Regulations for the medical services of the Army of India
Year: 1930
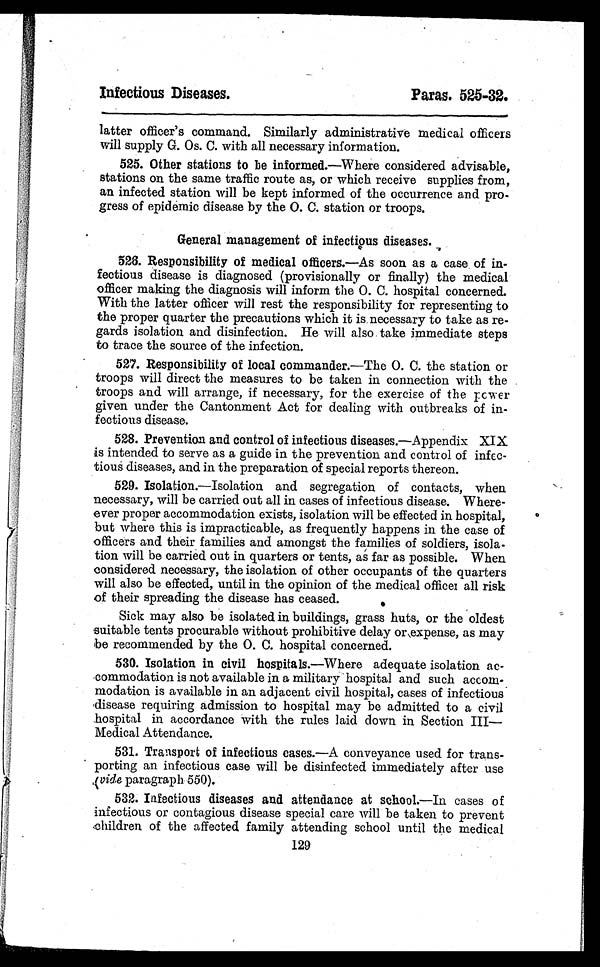
Infectious Diseases.
Paras. 525-32.
latter officer's command. Similarly administrative medical officers
will supply G. Os. C. with all necessary information.
525. Other stations to be informed.—Where considered advisable,
stations on the same traffic route as, or which receive supplies from,
an infected station will be kept informed of the occurrence and pro-
gress of epidemic disease by the O. C. station or troops.
General management of infectious diseases.
526. Responsibility of medical officers.—As soon as a case of in-
fectious disease is diagnosed (provisionally or finally) the medical
officer making the diagnosis will inform the O. C. hospital concerned.
With the latter officer will rest the responsibility for representing to
the proper quarter the precautions which it is necessary to take as re-
gards isolation and disinfection. He will also take immediate steps
to trace the source of the infection.
527.Responsibility of local commander.—The O. C. the station or
troops will direct the measures to be taken in connection with the
troops and will arrange, if necessary, for the exercise of the power
given under the Cantonment Act for dealing with outbreaks of in-
fectious disease.
528.Prevention and control of infectious diseases.—Appendix XIX
is intended to serve as a guide in the prevention and control of infec-
tious diseases, and in the preparation of special reports thereon.
529.Isolation.—Isolation and segregation of contacts, when
necessary, will be carried out all in cases of infectious disease. Where-
ever proper accommodation exists, isolation will be effected in hospital,
but where this is impracticable, as frequently happens in the case of
officers and their families and amongst the families of soldiers, isola-
tion will be carried out in quarters or tents, as far as possible. When
considered necessary, the isolation of other occupants of the quarters
will also be effected, until in the opinion of the medical officer all risk
of their spreading the disease has ceased.
Sick may also be isolated in buildings, grass huts, or the oldest
suitable tents procurable without prohibitive delay or expense, as may
be recommended by the 0. C. hospital concerned.
530.Isolation in civil hospitals.—Where adequate isolation ac-
commodation is not available in a military hospital and such accom-
modation is available in an adjacent civil hospital, cases of infectious
disease requiring admission to hospital may be admitted to a civil
hospital in accordance with the rules laid down in Section III—
Medical Attendance.
531.Transport of infectious cases.—A conveyance used for trans-
' porting an infectious case will be disinfected immediately after use
(vide paragraph 550).
532.Infectious diseases and attendance at school.—In cases of
infectious or contagious disease special care will be taken to prevent
children of the affected family attending school until the medical
129